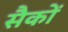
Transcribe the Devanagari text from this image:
सैकों